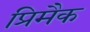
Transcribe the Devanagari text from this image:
प्रिमैक